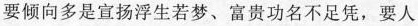
要倾向多是宣扬浮生若梦、富贵功名不足凭，要人